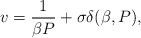
\begin{align*}v=\frac {1}{\beta P}+\sigma \delta (\beta ,P),\end{align*}